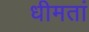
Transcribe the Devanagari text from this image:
धीमतां